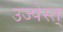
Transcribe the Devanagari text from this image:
उज्पेस्त्